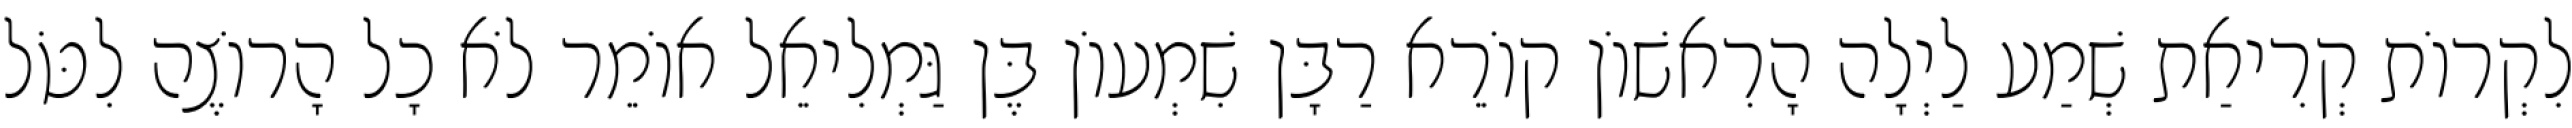
לִקְרוֹת קְרִיאַת שְׁמַע לַיְלָה הָרִאשׁוֹן קוֹרֵא רַבָּן שִׁמְעוֹן בֶּן גַּמְלִיאֵל אוֹמֵר לֹא כָל הָרוֹצֶה לִטֹּל